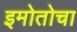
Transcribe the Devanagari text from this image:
इमोतोचा